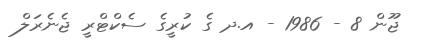
ޖޫން 8 - 1986 - އ.ދ ގެ ކުރީގެ ސެކްޓްރީ ޖެނެރަލް